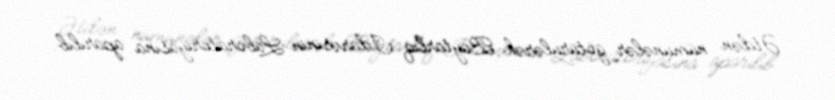
Ətdən nümunələr götürülərək Baytarlıq İdarəsinin Laboratoriyasına aparılıb.